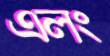
এলং